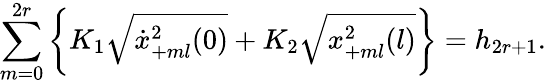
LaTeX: \sum_{m=0}^{2r}\left\{ K_{1}\sqrt{\dot{x}_{+ml}^{2}(0)}+K_{2}\sqrt{x_{+ml}^{2}(l)}\right\} =h_{2r+1}.